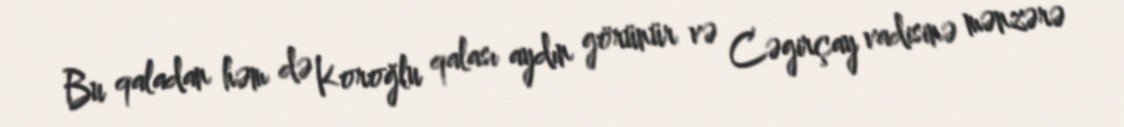
Bu qaladan həm də Koroğlu qalası aydın görünür və Cəgirçay vadisinə mənzərə